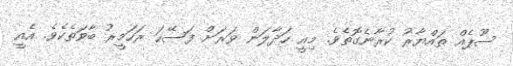
ސޫޕެއް ތައްޔާރު ކުރާނެގޮތެވެ. މިއީ ހަދާލަން ވަރަށް ފަސޭހަ ރަހަމީރު ބާވަތެކެވެ. އެއީ